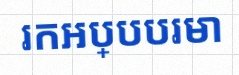
រកអប្បបរមា